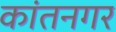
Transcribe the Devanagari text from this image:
कांतनगर